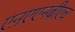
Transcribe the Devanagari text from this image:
एऩएएनबीएच